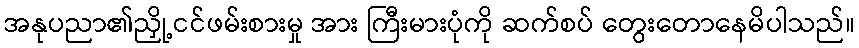
အနုပညာ၏ညှို့ငင်ဖမ်းစားမှု အား ကြီးမားပုံကို ဆက်စပ် တွေးတောနေမိပါသည်။